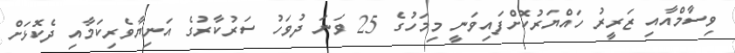
ވިސާމްއާއި ޒަރީރު ހައްޔަރުކޮށްފައިވަނީ މިމަހުގެ 25 ވަނަ ދުވަހު ސަރުކާރުގެ އަނިޔާވެރިކަމާއި ދެކޮޅަށް